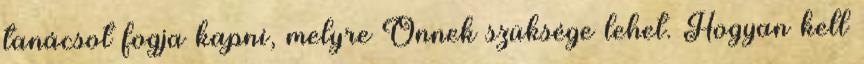
tanácsot fogja kapni, melyre Önnek szüksége lehet. Hogyan kell